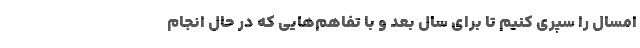
امسال را سپری کنیم تا برای سال بعد و با تفاهم‌هایی که در حال انجام